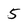
Character: 5